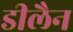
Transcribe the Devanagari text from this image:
डीलैन